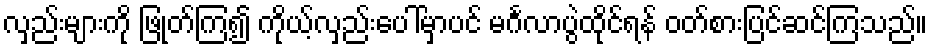
လှည်းများကို ဖြုတ်ကြ၍ ကိုယ့်လှည်းပေါ်မှာပင် မင်္ဂလာပွဲထိုင်ရန် ဝတ်စားပြင်ဆင်ကြသည်။